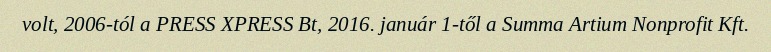
volt, 2006-tól a PRESS XPRESS Bt, 2016. január 1-től a Summa Artium Nonprofit Kft.